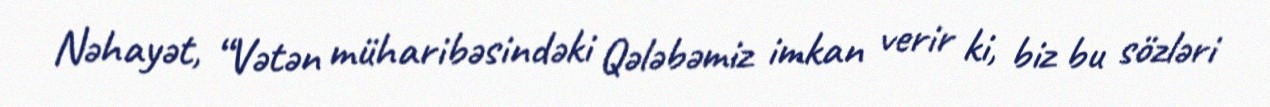
Nəhayət, “Vətən müharibəsindəki Qələbəmiz imkan verir ki, biz bu sözləri